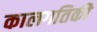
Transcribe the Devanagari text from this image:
कालगतिकी